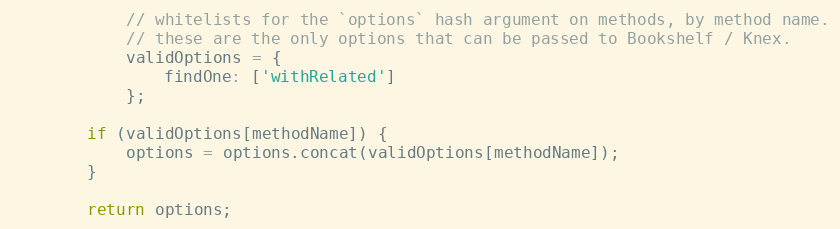
Language: JavaScript
            // whitelists for the `options` hash argument on methods, by method name.
            // these are the only options that can be passed to Bookshelf / Knex.
            validOptions = {
                findOne: ['withRelated']
            };

        if (validOptions[methodName]) {
            options = options.concat(validOptions[methodName]);
        }

        return options;